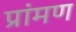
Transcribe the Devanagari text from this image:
प्रांमण